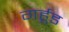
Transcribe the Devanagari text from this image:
गर्हूड